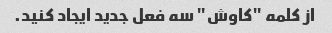
از کلمه "کاوش" سه فعل جدید ایجاد کنید.